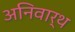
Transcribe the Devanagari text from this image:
अनिवार्थ